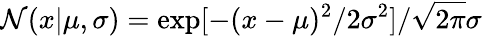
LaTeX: \mathcal{N}(x|\mu,\sigma)=\exp[-(x-\mu)^{2}/2\sigma^{2}]/\sqrt{2\pi}\sigma